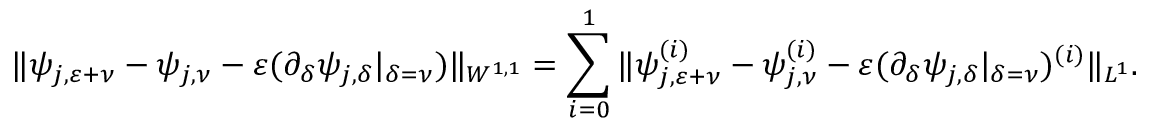
\Vert \psi _ { j , { \varepsilon } + \nu } - \psi _ { j , \nu } - { \varepsilon } ( \partial _ { \delta } \psi _ { j , \delta } | _ { \delta = \nu } ) \Vert _ { W ^ { 1 , 1 } } = \sum _ { i = 0 } ^ { 1 } \Vert \psi _ { j , { \varepsilon } + \nu } ^ { ( i ) } - \psi _ { j , \nu } ^ { ( i ) } - { \varepsilon } ( \partial _ { \delta } \psi _ { j , \delta } | _ { \delta = \nu } ) ^ { ( i ) } \Vert _ { L ^ { 1 } } .